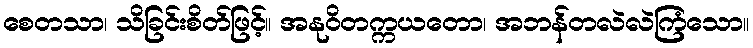
စေတသာ၊ သိခြင်းစိတ်ဖြင့်။ အနုဝိတက္ကယတော၊ အဘန်တလဲလဲကြံသော။